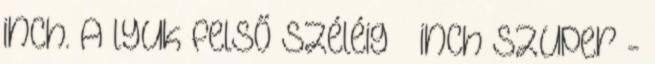
inch. A lyuk felső széléig ¾ inch Szuper -